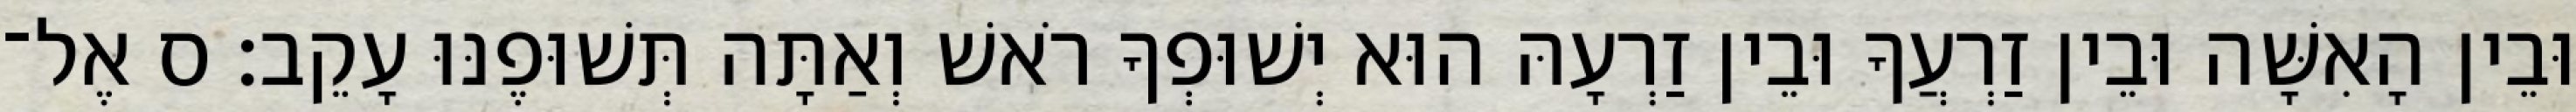
וּבֵין הָאִשָּׁה וּבֵין זַרְעֲךָ וּבֵין זַרְעָהּ הוּא יְשׁוּפְךָ רֹאשׁ וְאַתָּה תְּשׁוּפֶנּוּ עָקֵב׃ ס אֶל־